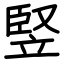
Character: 竪